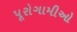
પૂરોગામીઓ